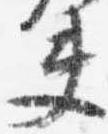
夫